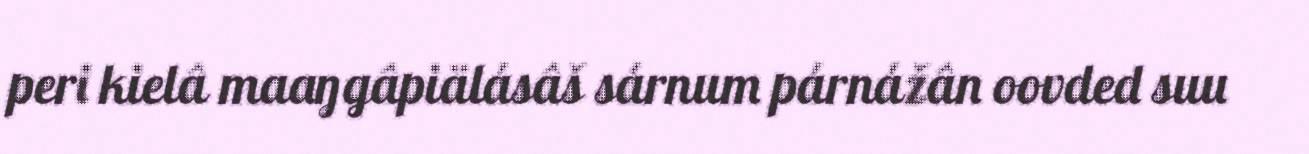
peri kielâ maaŋgâpiälásâš sárnum párnážân oovded suu